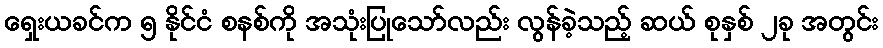
ရှေးယခင်က ၅ နိုင်ငံ စနစ်ကို အသုံးပြုသော်လည်း လွန်ခဲ့သည့် ဆယ် စုနှစ် ၂ခု အတွင်း